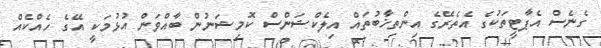
ގެނެސް އެޕާޓީތަކުގެ އެތެރޭގެ އިންތިޚާބުތައް އިލެކްޝަންސް ކޮމިޝަނުން ބާއްވަން އުޅުމަކީ އޭގެ ހެއްކެއް